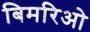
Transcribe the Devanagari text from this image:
बिमरिओ